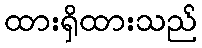
ထားရှိထားသည်